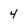
Character: 4